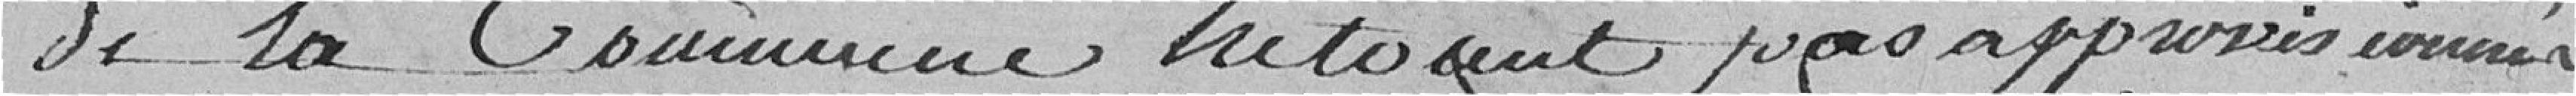
de la commune n'étaient pas approvisionnés